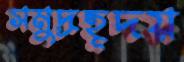
সমুদ্রহূদয়